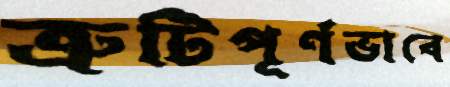
ত্রুটিপূর্ণভাবে